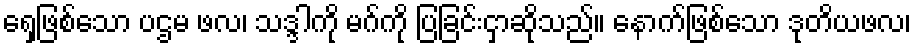
ရှေ့ဖြစ်သော ပဌမ ဖလ၊ သဒ္ဒါကို မဂ်ကို ပြခြင်းငှာဆိုသည်။ နောက်ဖြစ်သော ဒုတိယဖလ၊